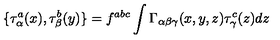
\{ \tau _ { \alpha } ^ { a } ( x ) , \tau _ { \beta } ^ { b } ( y ) \} = f ^ { a b c } \int \Gamma _ { \alpha \beta \gamma } ( x , y , z ) \tau _ { \gamma } ^ { c } ( z ) d z